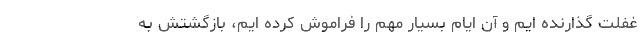
غفلت گذارنده ایم و آن ایام بسیار مهم را فراموش کرده ایم، بازگشتش به